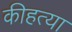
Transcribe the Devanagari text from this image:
कीहत्या